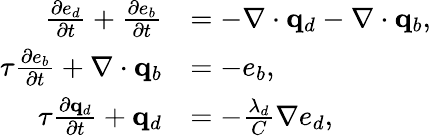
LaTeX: \begin{array}{rl}{\frac{\partial e_{d}}{\partial t}+\frac{\partial e_{b}}{\partial t}}&{=-\nabla\cdot\mathbf q_{d}-\nabla\cdot\mathbf q_{b},}\\ {\tau\frac{\partial e_{b}}{\partial t}+\nabla\cdot\mathbf q_{b}}&{=-e_{b},}\\ {\tau\frac{\partial\mathbf q_{d}}{\partial t}+\mathbf q_{d}}&{=-\frac{\lambda_{d}}{C}\nabla e_{d},}\end{array}